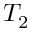
T _ { 2 }